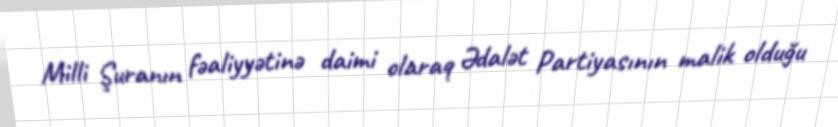
Milli Şuranın fəaliyyətinə daimi olaraq Ədalət Partiyasının malik olduğu